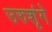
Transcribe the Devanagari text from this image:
उरुशृंगे